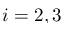
i = 2 , 3